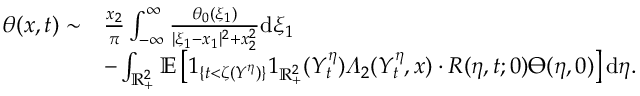
\begin{array} { r l } { \theta ( x , t ) \sim } & { \frac { x _ { 2 } } { \pi } \int _ { - \infty } ^ { \infty } \frac { \theta _ { 0 } ( \xi _ { 1 } ) } { | \xi _ { 1 } - x _ { 1 } | ^ { 2 } + x _ { 2 } ^ { 2 } } \mathrm { d } \xi _ { 1 } } \\ & { - \int _ { \mathbb { R } _ { + } ^ { 2 } } \mathbb { E } \left[ 1 _ { \{ t < \zeta ( Y ^ { \eta } ) \} } 1 _ { \mathbb { R } _ { + } ^ { 2 } } ( Y _ { t } ^ { \eta } ) \varLambda _ { 2 } ( Y _ { t } ^ { \eta } , x ) \cdot R ( \eta , t ; 0 ) \varTheta ( \eta , 0 ) \right] \mathrm { d } \eta . } \end{array}